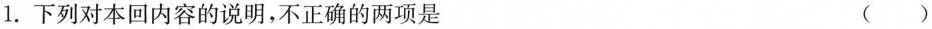
1.下列对本回内容的说明，不正确的两项是 ( )